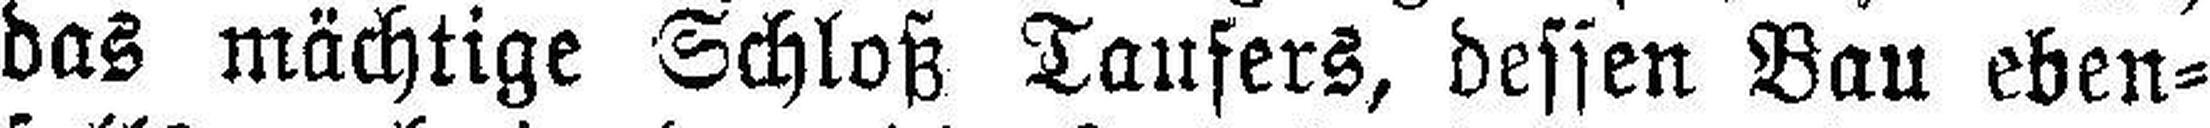
das mächtige Schloß Taufers, dessen Bau eben¬